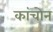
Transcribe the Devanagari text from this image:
कांचोन